Specificity of antivenomous sera, with special reference to a serum prepared with the venom of Daboia russellii - Number 16
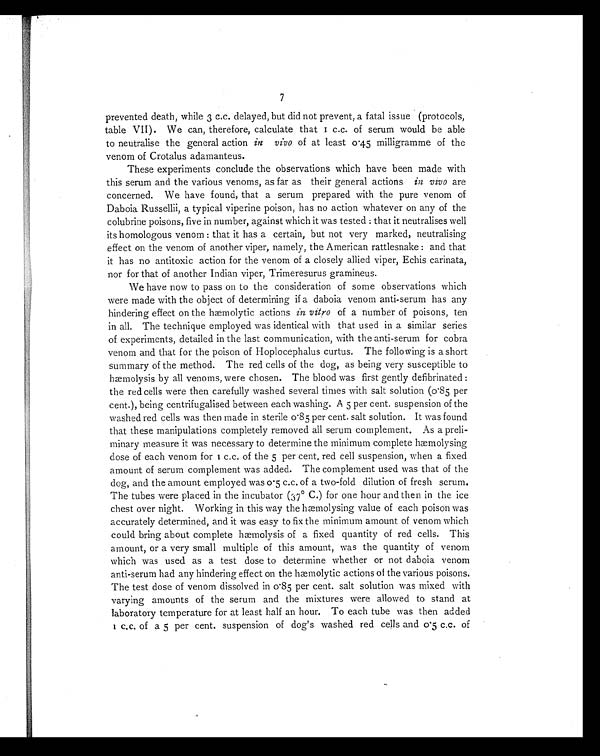
7
prevented death, while 3 c.c. delayed, but did not prevent, a fatal issue (protocols,
table VII). We can, therefore, calculate that 1 c.c. of serum would be able
to neutralise the general action in vivo of at least 0.45 milligramme of the
venom of Crotalus adamanteus.
These experiments conclude the observations which have been made with
this serum and the various venoms, as far as their general actions in vivo are
concerned. We have found, that a serum prepared with the pure venom of
Daboia Russellii, a typical viperine poison, has no action whatever on any of the
colubrine poisons, five in number, against which it was tested : that it neutralises well
its homologous venom : that it has a certain, but not very marked, neutralising
effect on the venom of another viper, namely, the American rattlesnake : and that
it has no antitoxic action for the venom of a closely allied viper, Echis carinata,
nor for that of another Indian viper, Trimeresurus gramineus.
We have now to pass on to the consideration of some observations which
were made with the object of determining if a daboia venom anti-serum has any
hindering effect on the hæmolytic actions in vitro of a number of poisons, ten
in all. The technique employed was identical with that used in a similar series
of experiments, detailed in the last communication, with the anti-serum for cobra
venom and that for the poison of Hoplocephalus curtus. The following is a short
summary of the method. The red cells of the dog, as being very susceptible to
hæmolysis by all venoms, were chosen. The blood was first gently defibrinated :
the red cells were then carefully washed several times with salt solution (0.85 per
cent.), being centrifugalised between each washing. A 5 per cent. suspension of the
washed red cells was then made in sterile 0.85 per cent. salt solution. It was found
that these manipulations completely removed all serum complement. As a preli-
minary measure it was necessary to determine the minimum complete hæmolysing
dose of each venom for 1 c.c. of the 5 per cent. red cell suspension, when a fixed
amount of serum complement was added. The complement used was that of the
dog, and the amount employed was 0.5 c.c. of a two-fold dilution of fresh serum.
The tubes were placed in the incubator (37° C.) for one hour and then in the ice
chest over night. Working in this way the hæmolysing value of each poison was
accurately determined, and it was easy to fix the minimum amount of venom which
could bring about complete hæmolysis of a fixed quantity of red cells. This
amount, or a very small multiple of this amount, was the quantity of venom
which was used as a test dose to determine whether or not daboia venom
anti-serum had any hindering effect on the hæmolytic actions of the various poisons.
The test dose of venom dissolved in 0.85 per cent. salt solution was mixed with
varying amounts of the serum and the mixtures were allowed to stand at
laboratory temperature for at least half an hour. To each tube was then added
1 c.c. of a 5 per cent. suspension of dog's washed red cells and 0.5 c.c. of